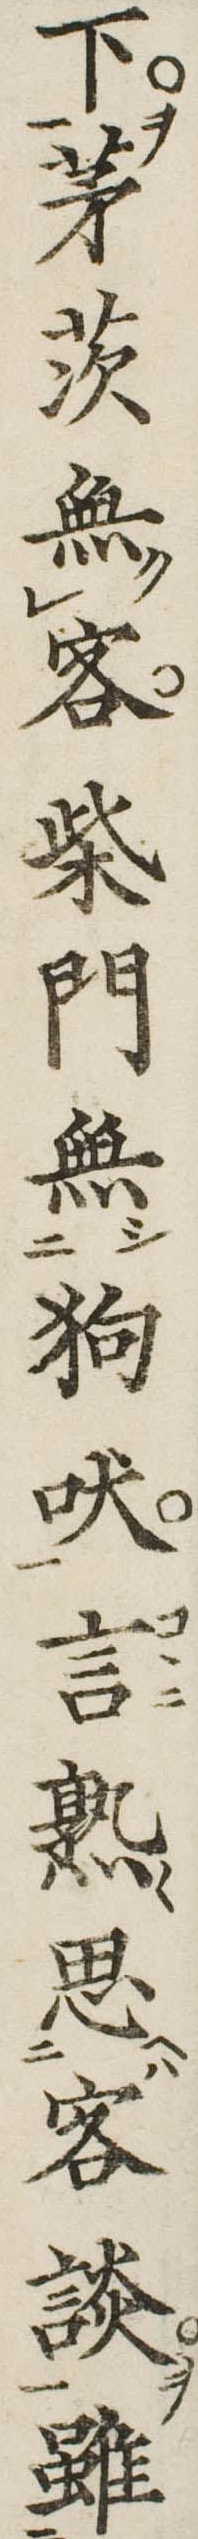
下茅茨無客柴門無狗吠言熟思客談雖